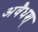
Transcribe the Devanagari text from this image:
अवैधश्